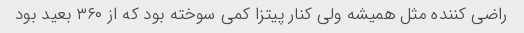
راضی کننده مثل همیشه ولی کنار پیتزا کمی سوخته بود که از ۳۶۰ بعید بود